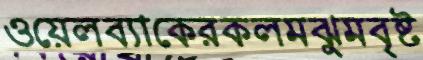
ওয়েলব্যাকেরকলমঝুমবৃষ্ট